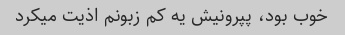
خوب بود، پپرونیش یه کم زبونم اذیت میکرد